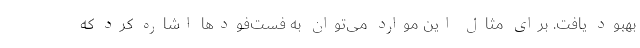
بهبود یافت. برای مثال این موارد می‌توان به فست‌فودها اشاره کرد که